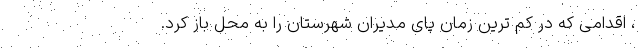
، اقدامی که در کم ترین زمان پای مدیران شهرستان را به محل باز کرد.